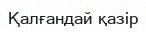
Қалғандай қазір